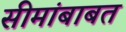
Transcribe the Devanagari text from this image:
सीमांबाबत